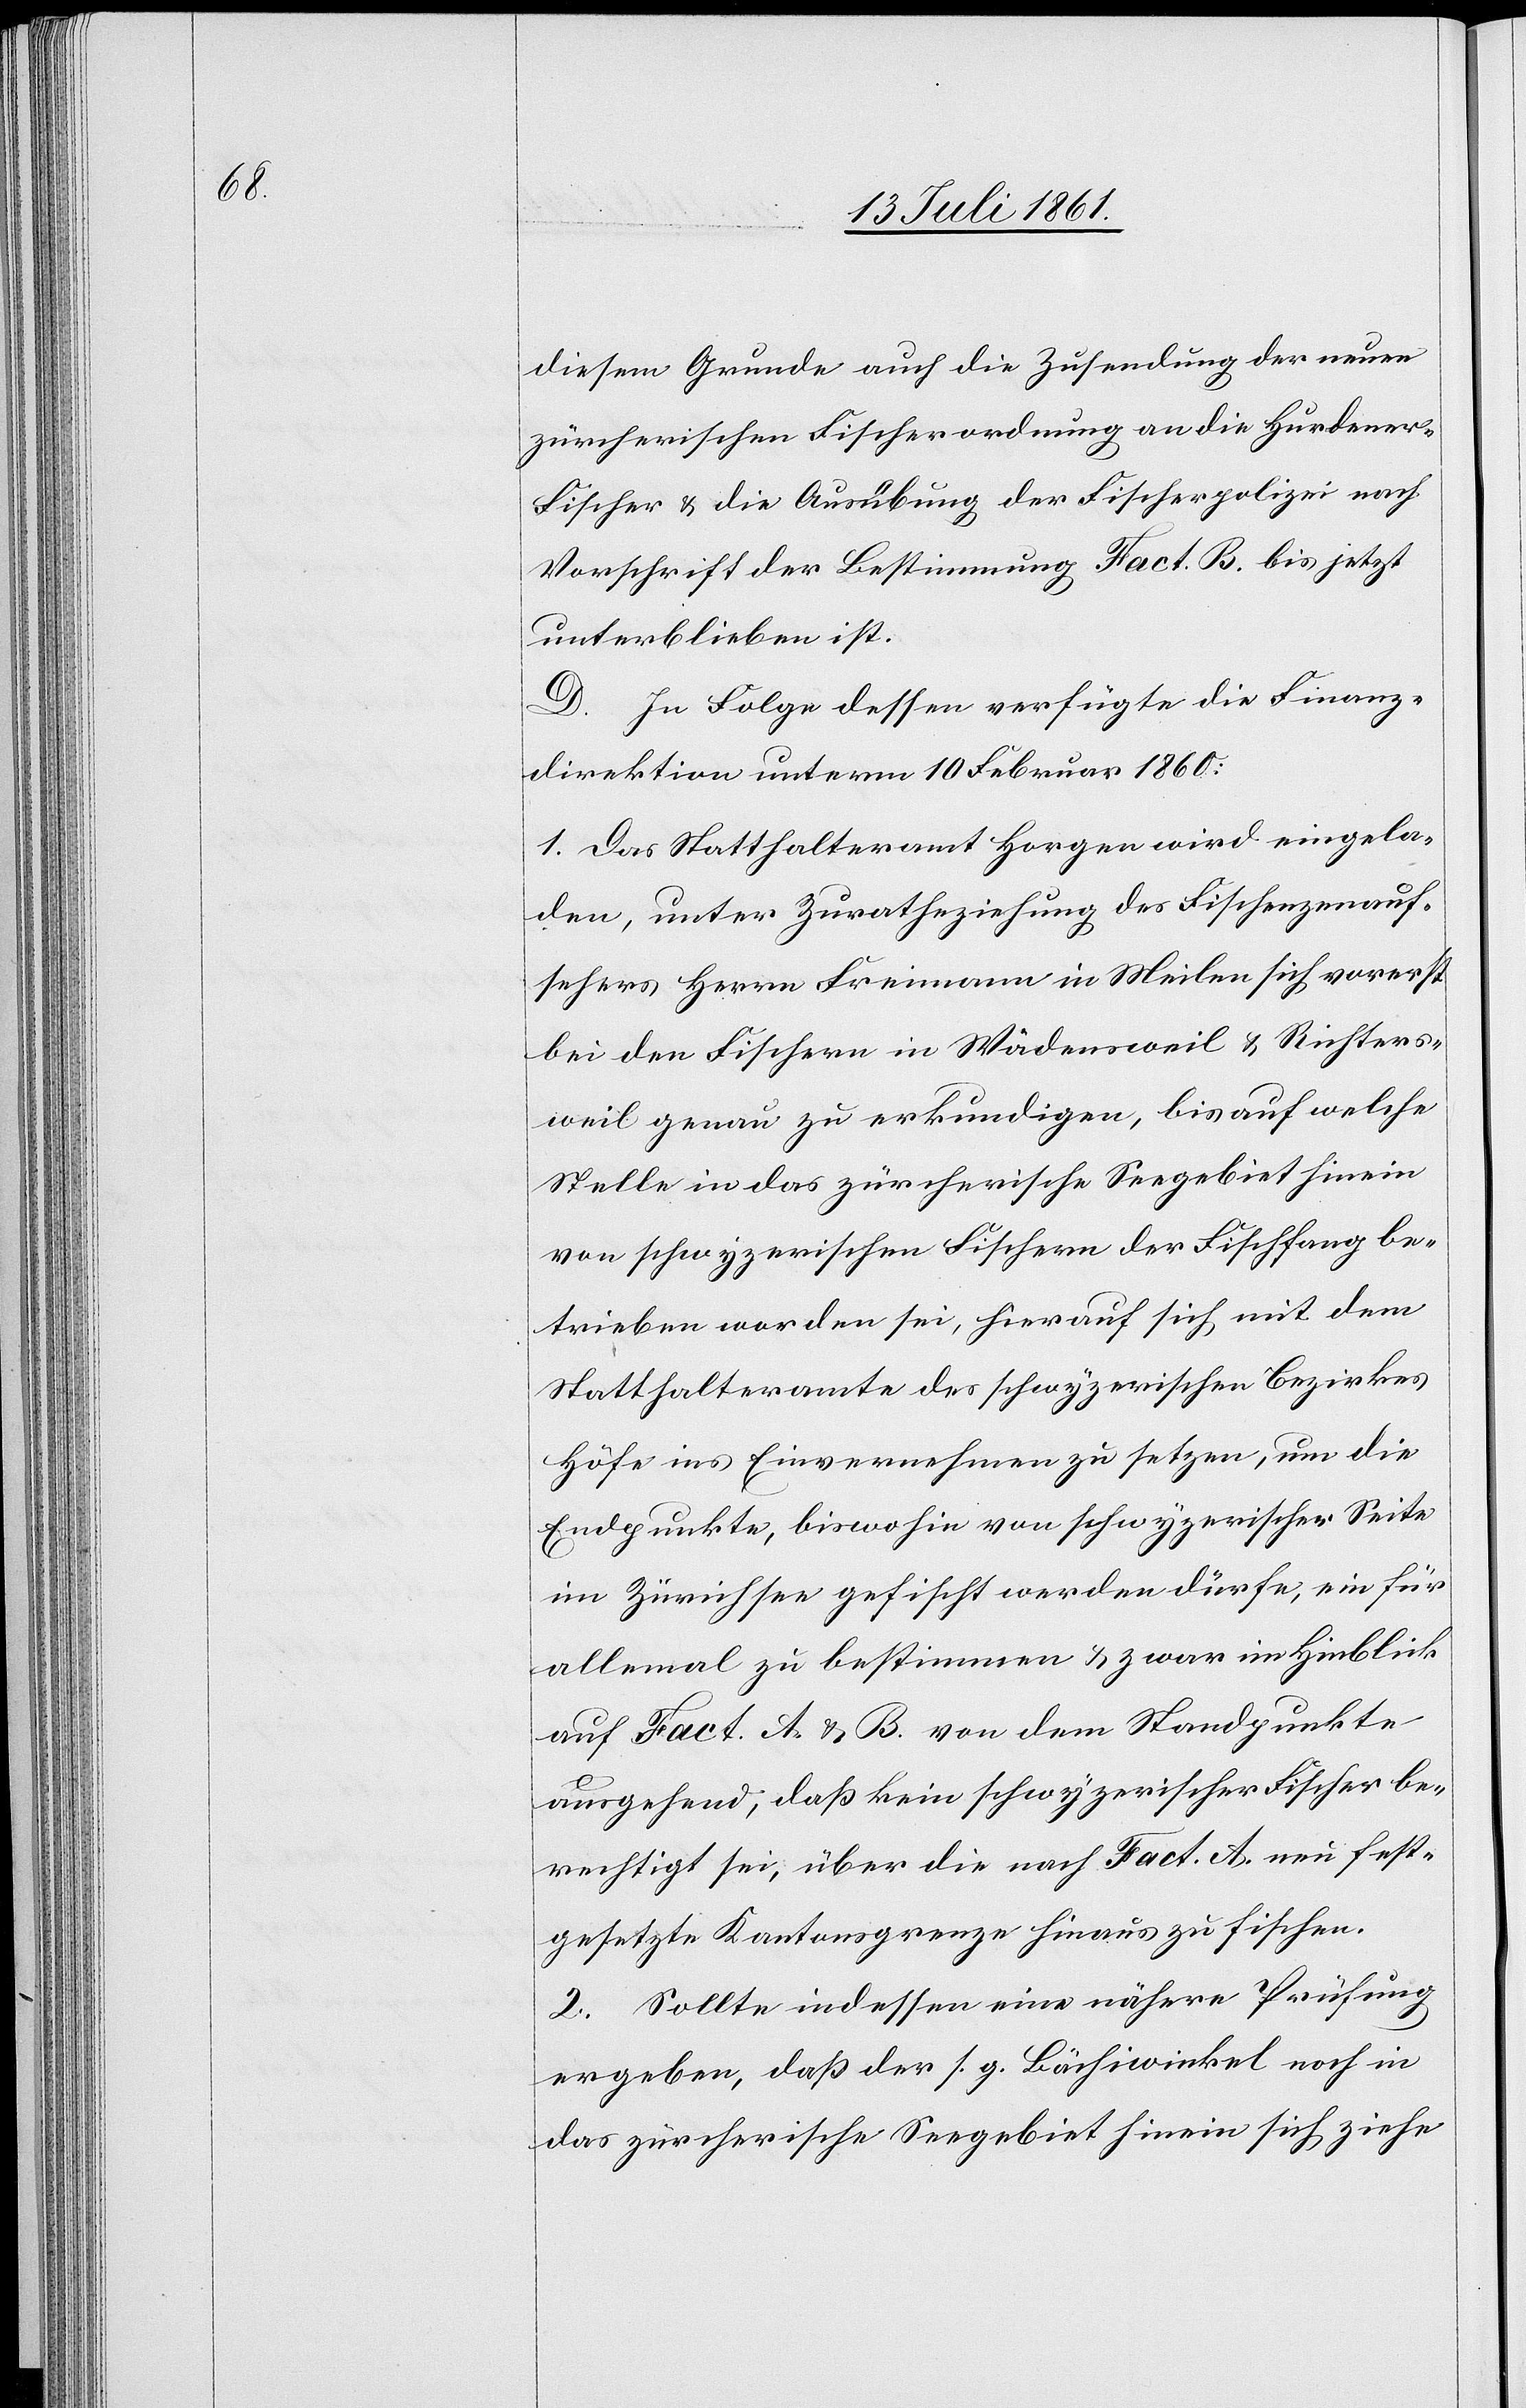
diesem Grunde auch die Zusendung der neuen
zürcherischen Fischerordnung an die Hurdener-F¬
ischer u. die Ausübung der Fischerpolizei nach
Vorschrift der Bestimmung Fact. B. bis jetzt
unterblieben ist.
D. In Folge dessen verfügte die Finanz¬
direktion unterm 10 Februar 1860:
1. Das Statthalteramt Horgen wird eingela¬
den, unter Zuratheziehung des Fischenzenauf¬
sehers Herrn Freimann in Meilen sich vorerst
bei den Fischern in Wädensweil u. Richters¬
weil genau zu erkundigen, bis auf welche
Stelle in das zürcherische Seegebiet hinein
von schwyzerischen Fischern der Fischfang be¬
trieben worden sei, hierauf sich mit dem
Statthalteramte des schwyzerischen Bezirkes
Höfe ins Einvernehmen zu setzen, um die
Endpunkte, biswohin von schwyzerischer Seite
im Zürichsee gefischt werden dürfe, ein für
allemal zu bestimmen u. zwar im Hinblick
auf Fact. A u. B von dem Standpunkte
ausgehend, daß kein schwyzerischer Fischer be¬
rechtigt sei, über die nach Fact. A neu fest¬
gesetzte Kantonsgrenze hinaus zu fischen.
2. Sollte indessen eine nähere Prüfung
ergeben, daß der s. g. Bächiwinkel noch in
das zürcherische Seegebiet hinein sich ziehe